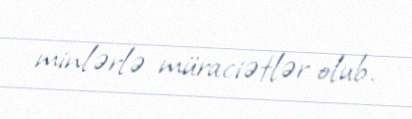
minlərlə müraciətlər olub.